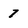
Character: 7